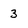
Character: 3